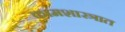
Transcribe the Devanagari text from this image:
कामशास्त्रात